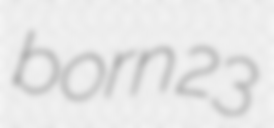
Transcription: born 23